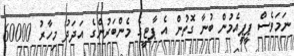
ނަމަވެސް ޕީޕީއެމުން ބުނާ ގޮތުން އެ ޕާޓީގެ މެންބަރުންގެ އަދަދު މިހާރު 60000